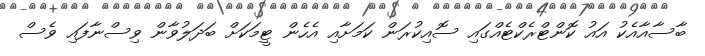
ބާސާއާއެކު އައު ކޮންޓްރެކްޓެއްގައި ސޮއިކުރަން ކަމަށާއި އެހެން ޓީމަކަށް ބަދަލުވާން ވިސްނާފައި ވެސް